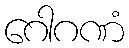
ဂေါဂဏံ